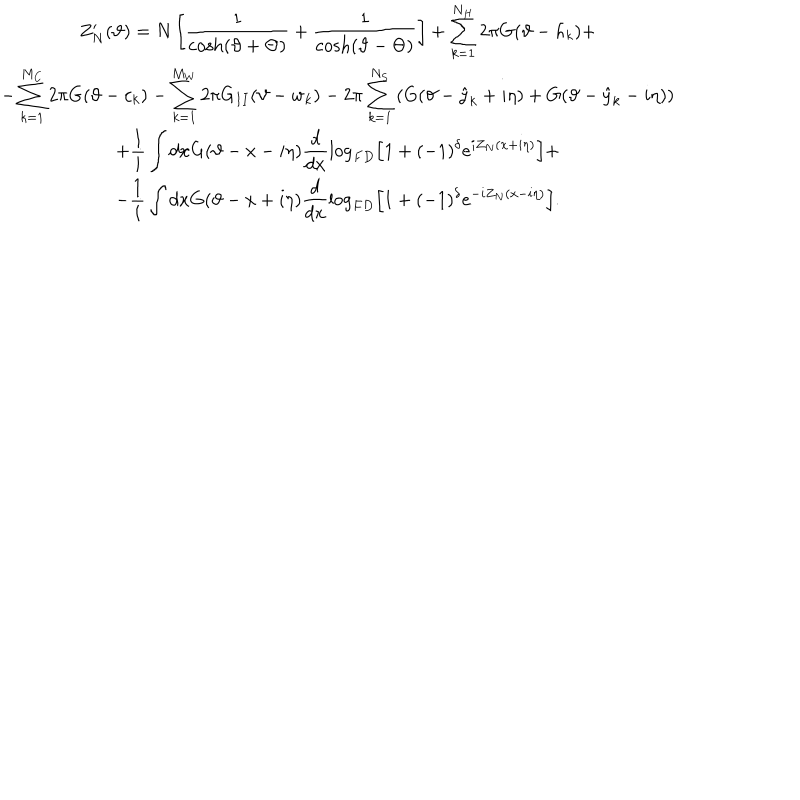
\begin{array} { c } { { \displaystyle Z _ { N } ^ { \prime } ( \vartheta ) = N \left[ \displaystyle \frac { 1 } { \cosh ( \vartheta + \Theta ) } + \displaystyle \frac { 1 } { \cosh ( \vartheta - \Theta ) } \right] + \displaystyle \sum _ { k = 1 } ^ { N _ { H } } 2 \pi G ( \vartheta - h _ { k } ) + } } \\ { { - \displaystyle \sum _ { k = 1 } ^ { M _ { C } } 2 \pi G ( \vartheta - c _ { k } ) - \displaystyle \sum _ { k = 1 } ^ { M _ { W } } 2 \pi G _ { I I } ( \vartheta - w _ { k } ) - 2 \pi \displaystyle \sum _ { k = 1 } ^ { N _ { S } } \left( G ( \vartheta - \hat { y } _ { k } + i \eta ) + G ( \vartheta - \hat { y } _ { k } - i \eta ) \right) } } \\ { { + \displaystyle \frac { 1 } { i } \displaystyle \int d x G ( \vartheta - x - i \eta ) \displaystyle \frac { d } { d x } \log _ { F D } \left[ 1 + ( - 1 ) ^ { \delta } e ^ { i Z _ { N } ( x + i \eta ) } \right] + } } \\ { { - \displaystyle \frac { 1 } { i } \displaystyle \int d x G ( \vartheta - x + i \eta ) \displaystyle \frac { d } { d x } \log _ { F D } \left[ 1 + ( - 1 ) ^ { \delta } e ^ { - i Z _ { N } ( x - i \eta ) } \right] . } } \\ \end{array}